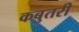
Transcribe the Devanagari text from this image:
कबुतरी